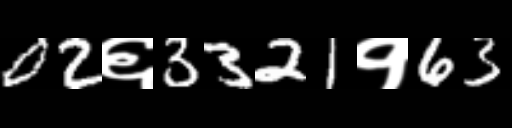
Text: 02६3321१63